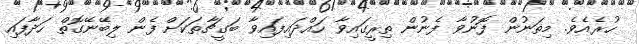
ހުރެއެވެ. މިތަނުން ފޮނުވާ ފެނުން ތިރީގައިވާ ހައްދައިފައިވާ ބަގީޗާތަކަށް ފެން ލިބޭނޭގޮތް ހަދާފައި